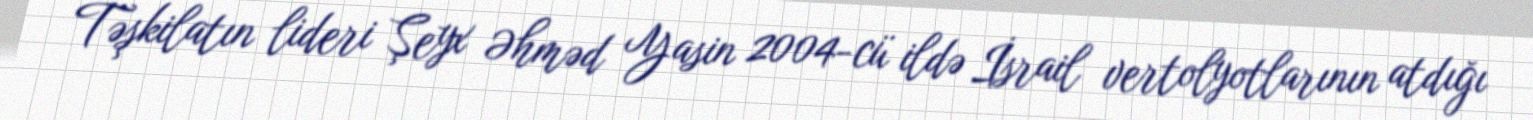
Təşkilatın lideri Şeyx Əhməd Yasin 2004-cü ildə İsrail vertolyotlarının atdığı